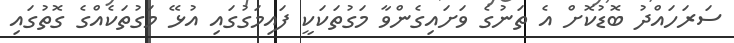
ސަރަހައްދު ބޮޑުކޮށް އެ ތަނުގެ ވަށައިގެންވާ މަގުތަކަކީ ފައިމަގުގައި އުޅޭ މަގުތަކެއްގެ ގޮތުގައި